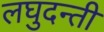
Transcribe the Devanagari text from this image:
लघुदन्ती